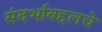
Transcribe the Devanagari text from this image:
संदर्भाबद्दलचे